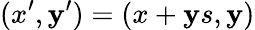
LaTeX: (x^{\prime},\mathbf{y}^{\prime})=(x+\mathbf{y}s,\mathbf{y})